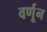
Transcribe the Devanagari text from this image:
वर्णून